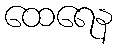
ထေရေန